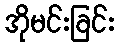
အိုမင်းခြင်း